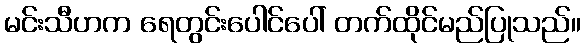
မင်းသီဟက ရေတွင်းပေါင်ပေါ် တက်ထိုင်မည်ပြုသည်။